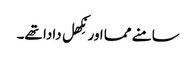
سامنے مما اور نِکھل دادا تھے۔